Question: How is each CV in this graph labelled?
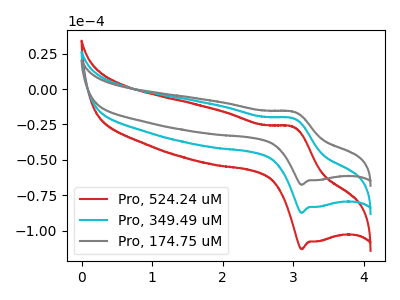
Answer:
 <answer>The red curve is labeled "Pro, 524.24 uM". The cyan curve is labeled "Pro, 349.49 uM". The gray curve is labeled "Pro, 174.75 uM".</answer>
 <eval></eval>